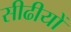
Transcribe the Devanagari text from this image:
सीढीयों